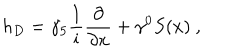
h _ { D } = { \gamma _ { 5 } } \frac { 1 } { 1 } { i } \frac { \partial } { \partial x } + \gamma ^ { 0 } S ( x ) \ ,